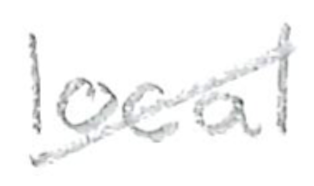
Text: local
Cross-out: diagonal
Writing tool: pencil